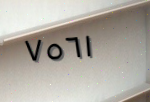
٧٥٦١